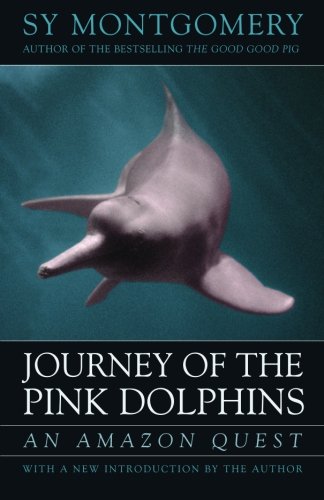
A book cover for Journey of the Pink Dolphins: An Amazon Quest; Sy Montgomery; Travel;